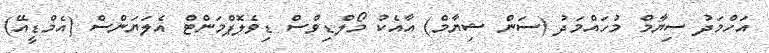
އަހްމަދު ސިޔާމް މުހައްމަދު (ސަން ޝިޔާމް) އާއެކު މޯލްޑިވްސް ޑިވެލޮޕްމަންޓް އެލަޔަންސް (އެމްޑީއޭ)